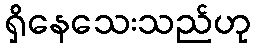
ရှိနေသေးသည်ဟု